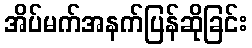
အိပ်မက်အနက်ပြန်ဆိုခြင်း